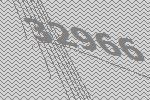
32966